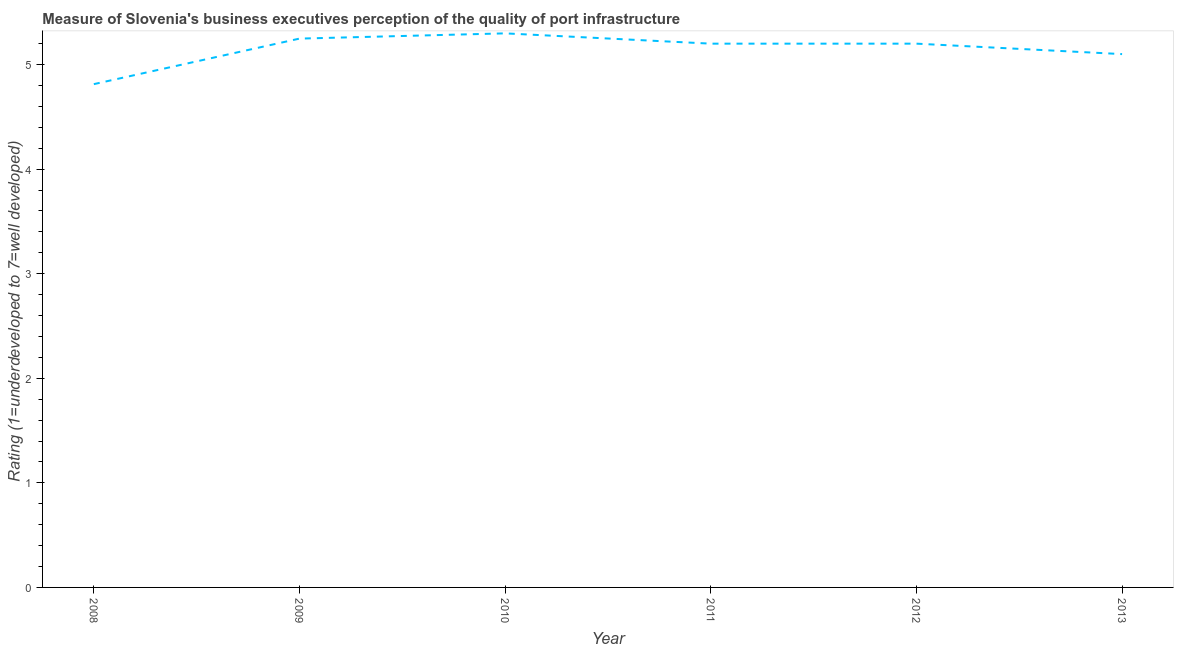
| Year | Quality of port infrastructure |
 | --- | --- |
 | 2008 | 4.81 |
 | 2009 | 5.25 |
 | 2010 | 5.3 |
 | 2011 | 5.2 |
 | 2012 | 5.2 |
 | 2013 | 5.1 |